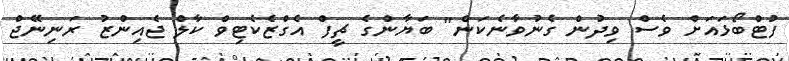
ފުޓްބޯޅައަށް ވެސް ވިދުން ގެނުވާނެކަން" ބަޔާންގެ ޗީފް އެގްޒެކެޓިވް ކާލް ޖެއިންޒު ރަނިނޭޖް